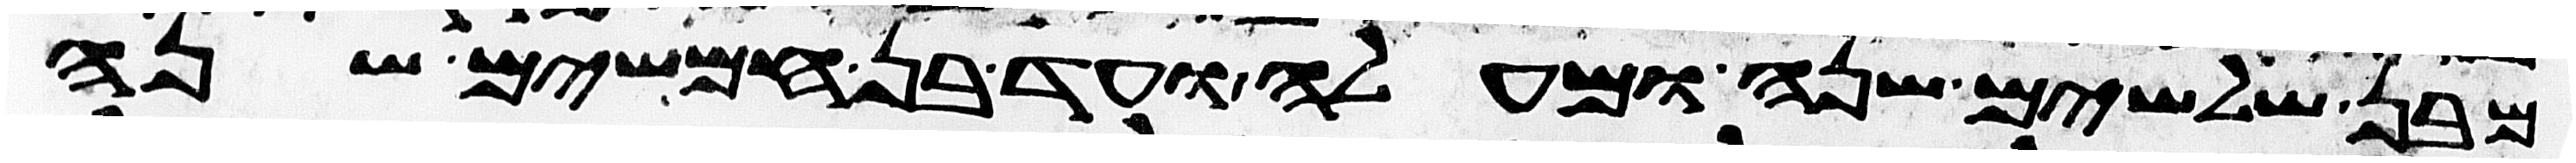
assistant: מבן שלשים שנה ומעלה ועד בן חמשים שנה